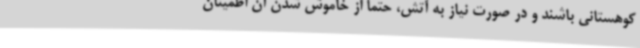
کوهستانی باشند و در صورت نیاز به آتش، حتماً از خاموش شدن آن اطمینان